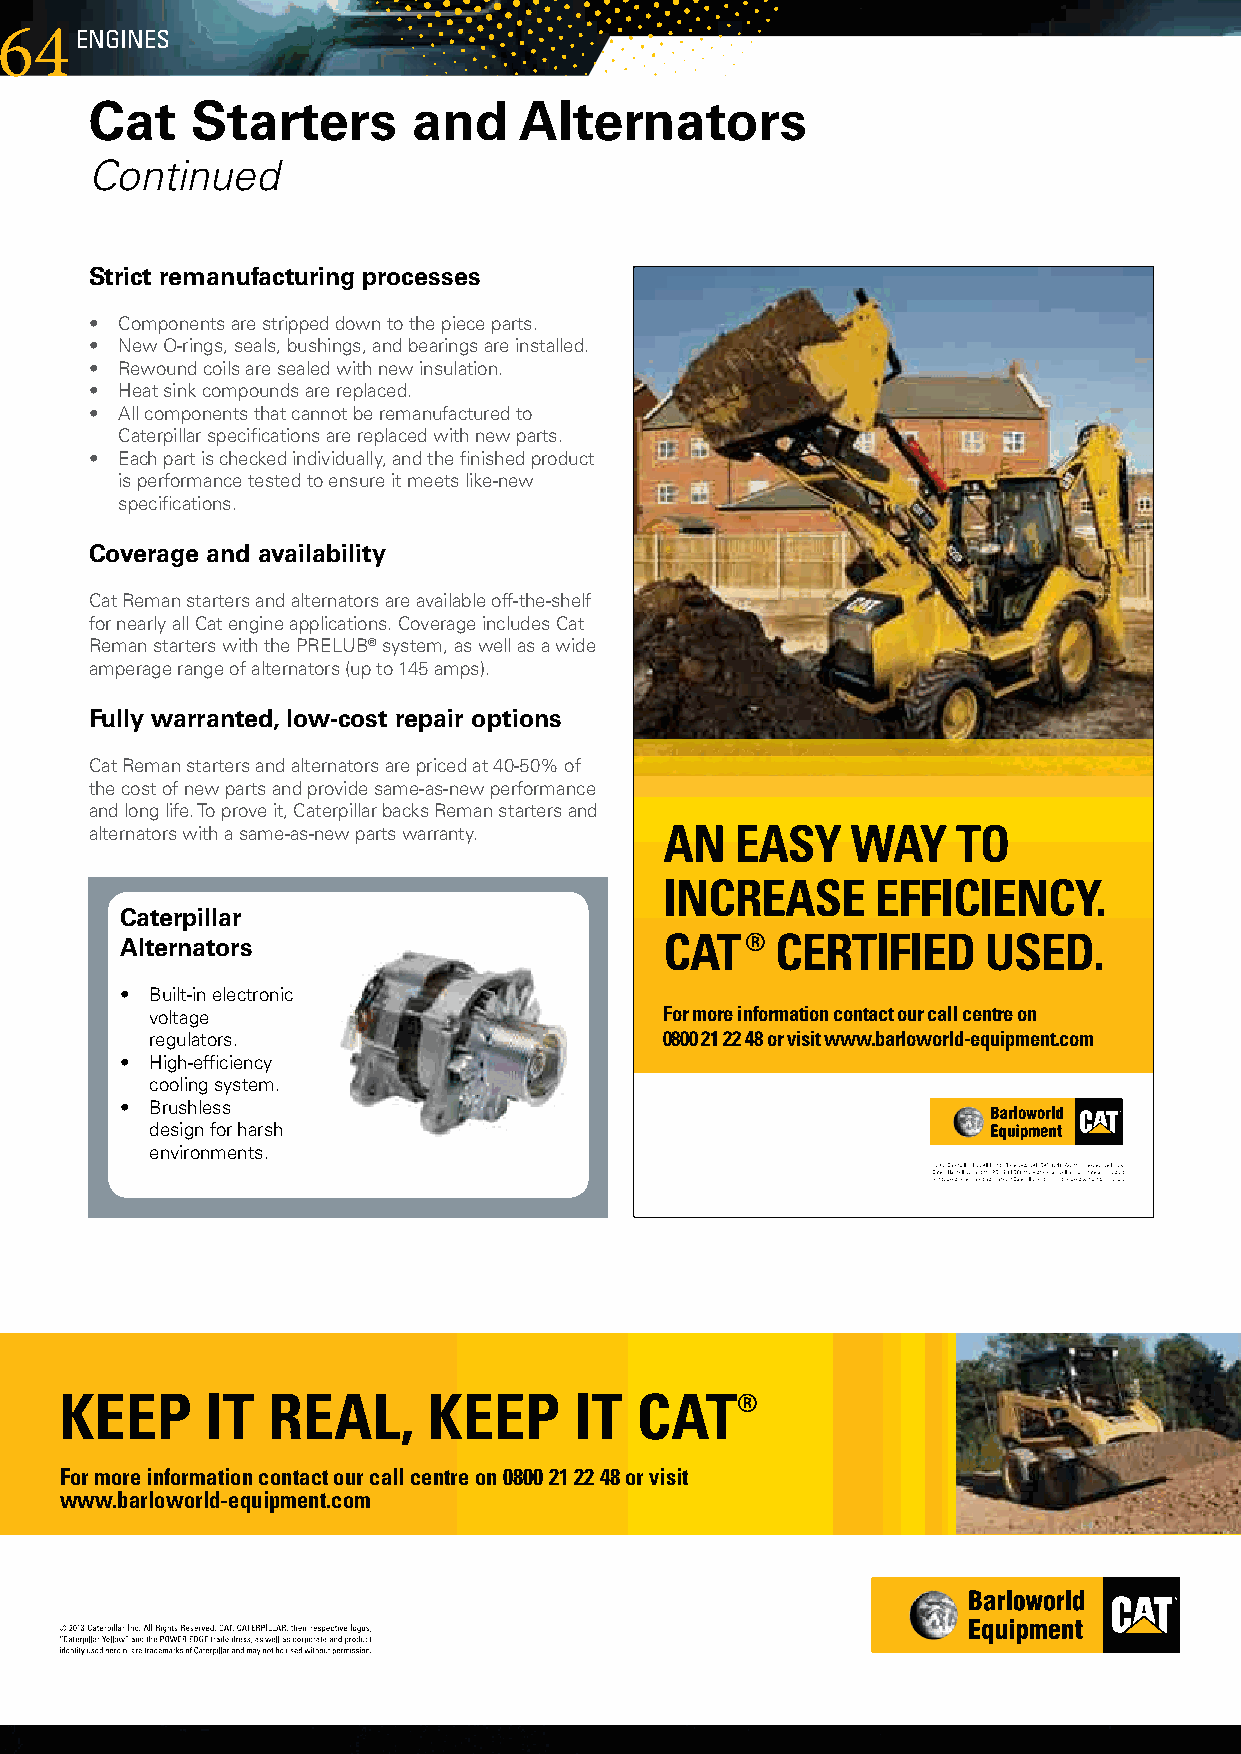
64EngInEs
 Cat    Starters      and    Alternators
 Continued
 Strict remanufacturing processes
 • Componentsarestrippeddowntothepieceparts.
 • NewO-rings,seals,bushings,andbearingsareinstalled.
 • Rewoundcoilsaresealedwithnewinsulation.
 • Heatsinkcompoundsarereplaced.
 • Allcomponentsthatcannotberemanufacturedto
 Caterpillarspecificationsarereplacedwithnewparts.
 • Eachpartischeckedindividually,andthefinishedproduct
 isperformancetestedtoensureitmeetslike-new
 specifications.
 Coverage and availability
 CatRemanstartersandalternatorsareavailableoff-the-shelf
 fornearlyallCatengineapplications.CoverageincludesCat
 RemanstarterswiththePRELUB®system,aswellasawide
 amperagerangeofalternators(upto145amps).
 Fully warranted, low-cost repair options
 CatRemanstartersandalternatorsarepricedat40-50%of
 thecostofnewpartsandprovidesame-as-newperformance
 andlonglife.Toproveit,CaterpillarbacksRemanstartersand
 alternatorswithasame-as-newpartswarranty. AN EASY WAY TO
 INCREASE      EFFICIENCY.
 Caterpillar
 Alternators                         CAT®   CERTIFIED     USED.
 • Built-inelectronic
 voltage                          For more information contact our call centre on
 regulators.                       0800 21 22 48 or visit www.barloworld-equipment.com
 • High-efficiency
 coolingsystem.
 • Brushless
 designforharsh
 environments.
 KEEP      IT  REAL,     KEEP      IT  CAT®
 For more information contact our call centre on 0800 21 22 48 or visit
 www.barloworld-equipment.com
 Pg 64 (65x210).indd 1                                                    2013/05/31 3:15 PM